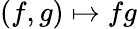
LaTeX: (f,g)\mapsto fg